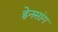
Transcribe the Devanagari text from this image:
ह्नेनसांग